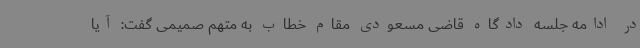
در ادامه جلسه دادگاه قاضی مسعودی مقام خطاب به متهم صمیمی گفت: آیا